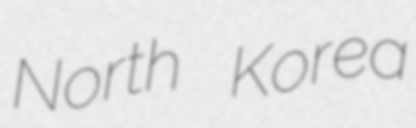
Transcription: North Korea